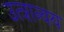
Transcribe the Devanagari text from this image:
उत्त्रान्वय